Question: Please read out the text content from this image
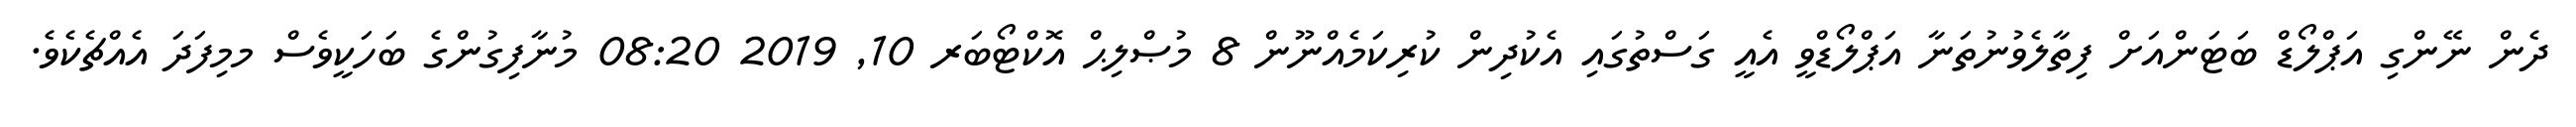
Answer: ދެން ނޭންގި އަޕްލޯޑް ބަޓަންއަށް ފިތާލެވުނުތަނާ އަޕްލޯޑްވީ އެއީ ގަސްތުގައި އެކުދިން ކުރިކަމެއްނޫން 8 މުޞްލިޙް އޮކްޓޯބަރ 10, 2019 08:20 މުނާފިގުންގެ ބަހަކީވެސް މމިފަދަ އެއްޗެކެވެ.